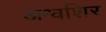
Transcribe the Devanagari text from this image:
अश्वशिर